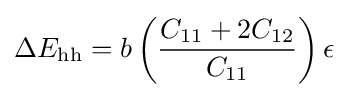
\Delta E_{\text{hh}}=b\left({\frac {C_{11}+2C_{12}}{C_{11}}}\right)\epsilon